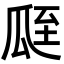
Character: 𦤻